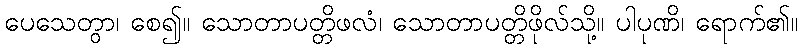
ပေသေတွာ၊ စေ၍။ သောတာပတ္တိဖလံ၊ သောတာပတ္တိဖိုလ်သို့။ ပါပုဏိ၊ ရောက်၏။